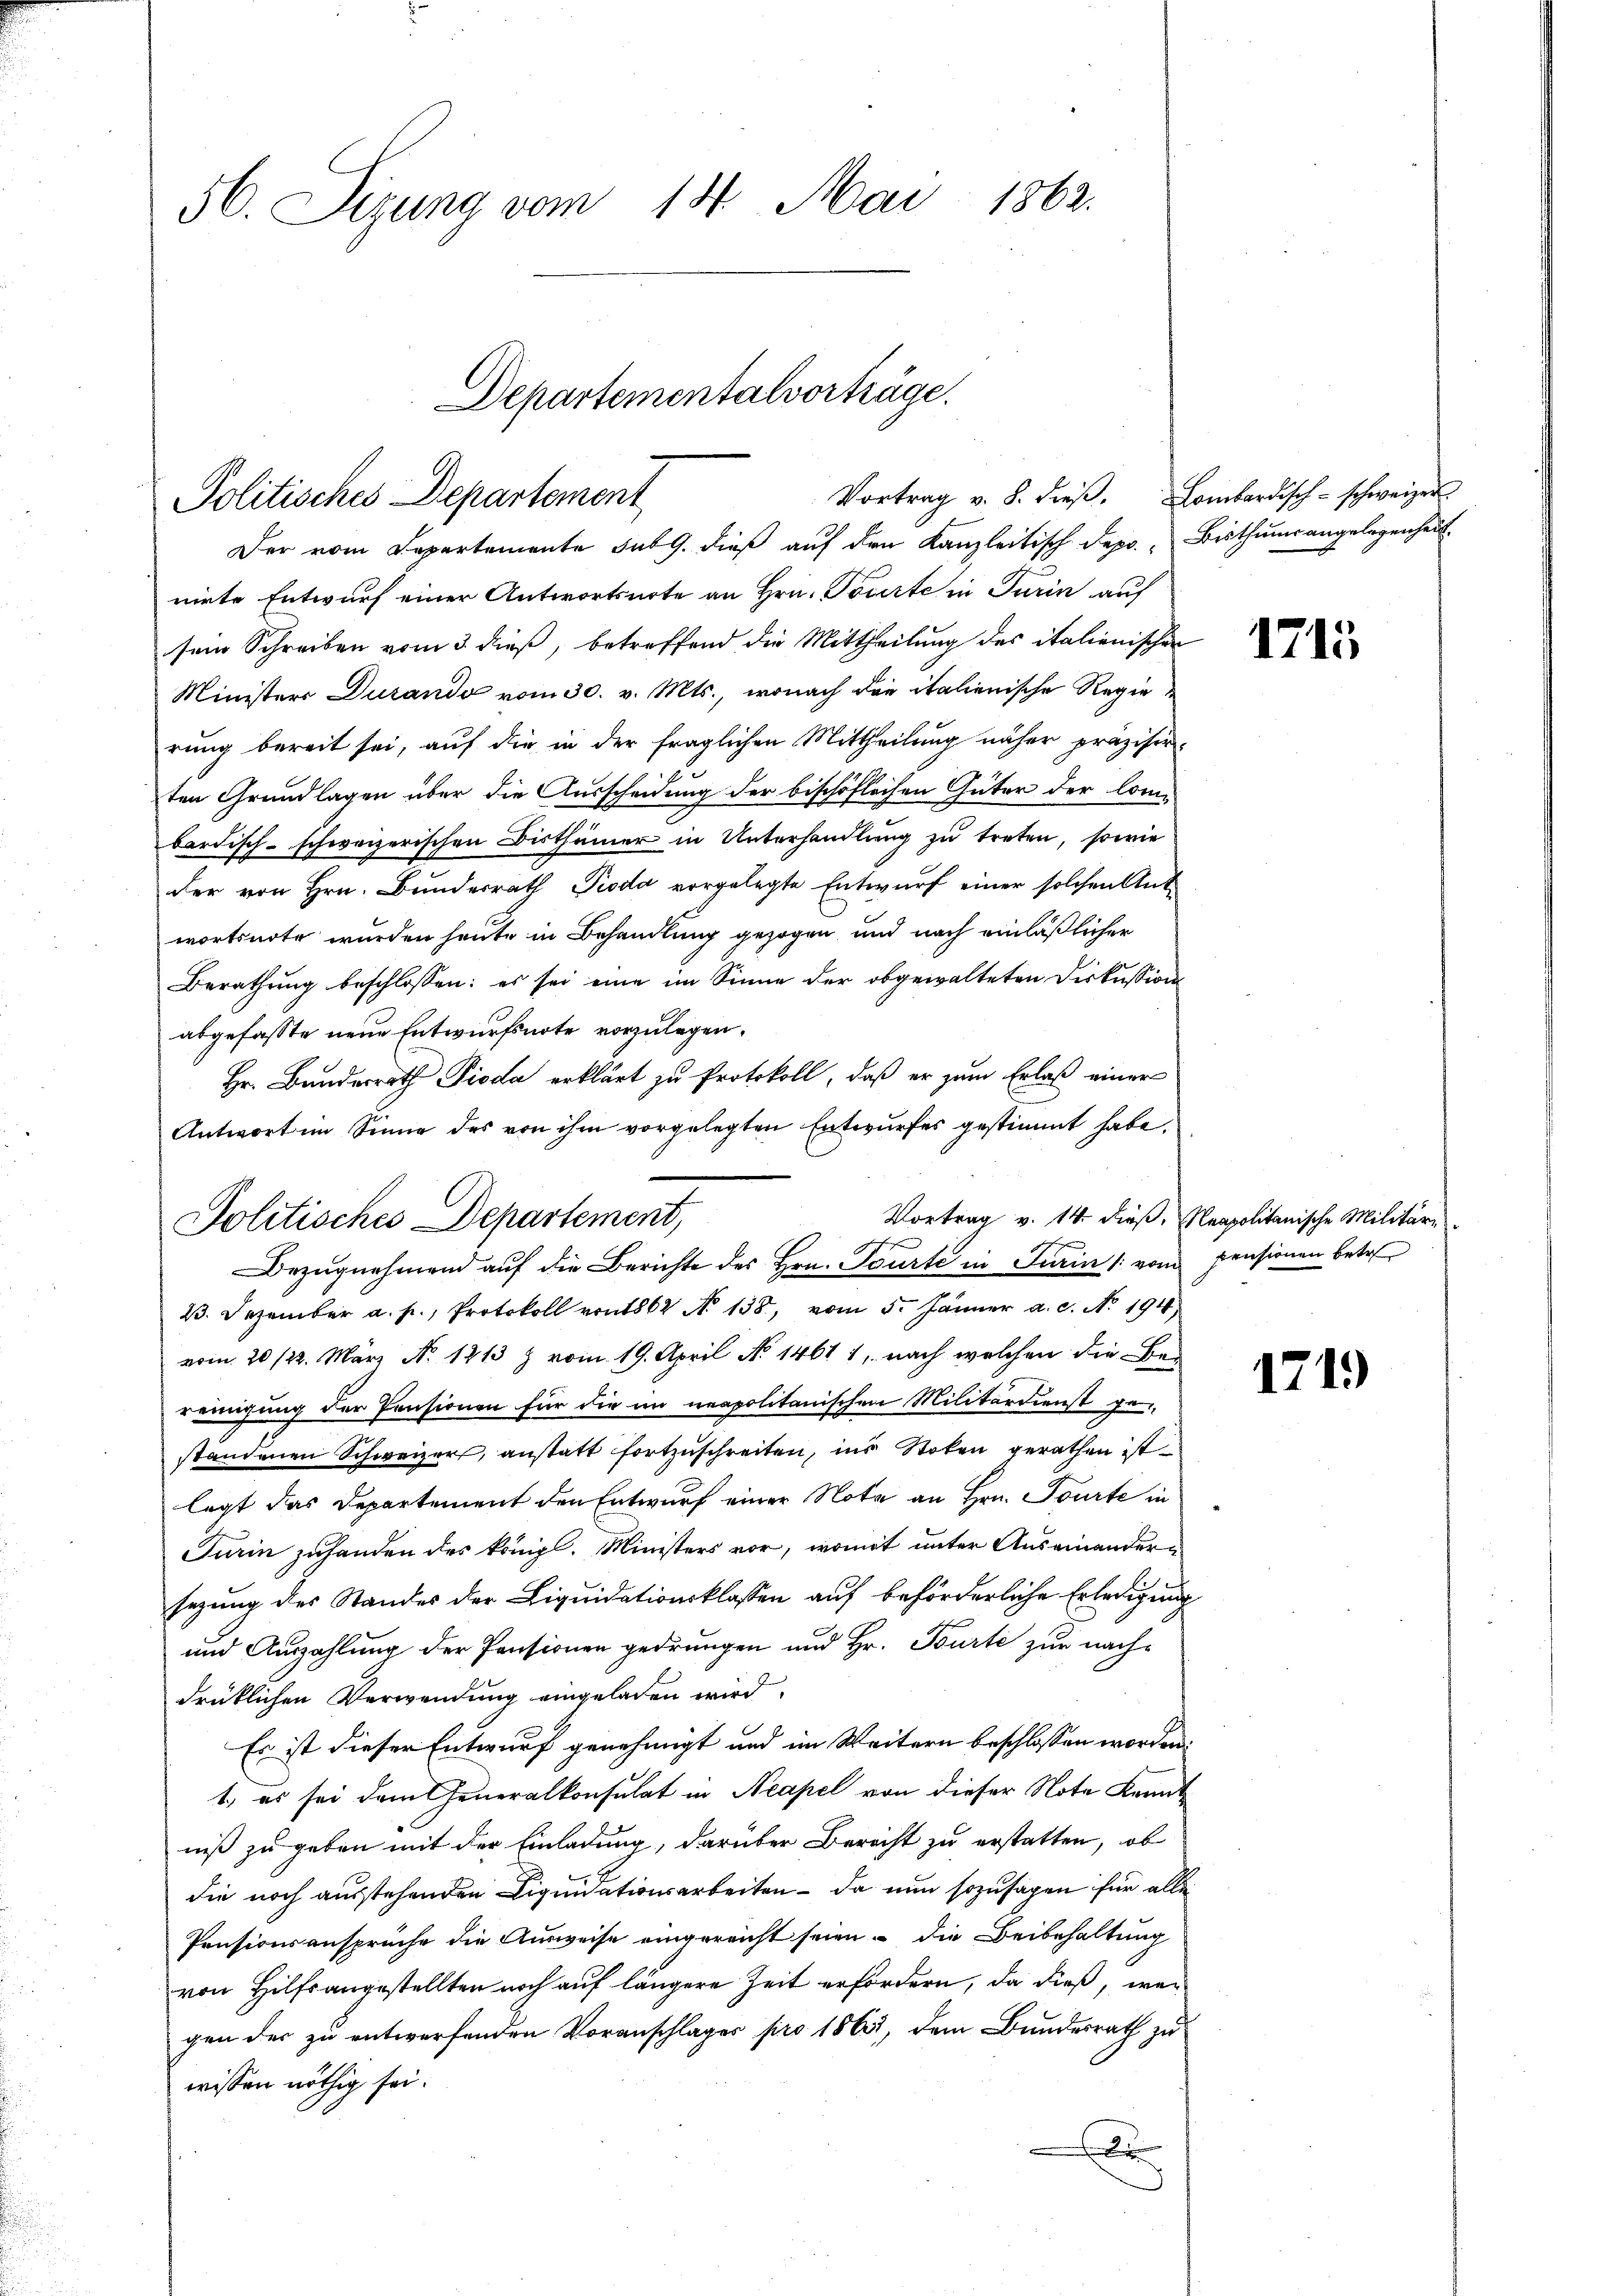
56. Sizung vom 14. Mai 1862.
Departementalvorträge.

Politisches Departement

Der vom Departemente sub 9. dieß auf den Kanzleitisch depo. Bisthums angelegenheit
nirte Entwurf einer Antwortsnote an Hrn. Tourte in Turin auf
sein Schreiben vom 3. dieß, betreffend die Mittheilung des italienischen
Ministers Durando vom 30. v. Mts., wonach die italienische Regierung bereit sei, auf die in der fraglichen Mittheilung näher präzisirten Grundlagen über die Ausscheidung der bischöflichen Güter der Combardisch-schweizerischen Bisthümer in Unterhandlung zu treten, sowie
der von Hrn. Bundesrath Pioda vorgelegte Entwurf einer solchen Ant
wortsnote wurden heute in Behandlung gezogen und nach einläßlicher
Berathung beschlossen: es sei eine im Sinne der obgewalteten Diskussion
abgefasste neue Entwurfsnote vorzulegen.
Hr. Bundesrath Pioda erklärt zu Protokoll, daß er zum Erlaß einer
Antwort im Sinne des von ihm vorgelegten Entwurfes gestimmt habe.
23. Dezember a. p., Protokoll von 1862 No 138, vom 5. Jänner a. c. No. 194
vom 20 /22. März No. 1813 & vom 19. April No 1461 1, nach welchen die Be-
reinigung der Pensionen für die im neapolitanischen Militärdienst gestandenen Schweizer, anstatt fortzuschreiten, ins Stoten gerathen ist
legt das Departement den Entwurf einer Nota an Hrn. Tourte in
Turin zuhanden des königl. Ministers vor, womit unter Auseinandern
sezung des Standes der Liquidationsklassen auf beförderliche Erledigung
und Auszahlung der Pensionen gedrungen und Hr. Tourte zur nachdrüklichen Verwendung eingeladen wird.
Es ist dieser Entwurf genehmigt und im Weitern beschlossen worden.
1., es sei dem Generalkonsulat in Neapel von dieser Note Kennniß zu geben mit der Einladung, darüber Berecht zu erstatten, ob
die noch ausstehenden Liquidationsarbeiten – da nun sozusagen für alle
Pensionsansprüche die Ausweise eingereicht seien, die Beibehaltung
von Hilfsangestellten noch auf längere Zeit erfordern, da dieß, wenn
gen der zu entwerfenden Voranschläger pro 1865, dem Bundesrath zu
wissen nöthig sei.
.

Politisches Departement,
Bezŭgnehmend auf die Berichte des Hrn. Tourti in Turin (vom pensionen betre

Vortrag v. 8. dieβ. Lombardisch-schweizer

1715

Vortrag v. 14. dieß, eapolitanische Militär-

171)